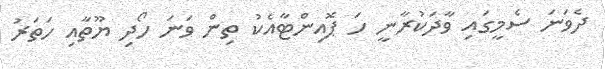
ދެވަނަ ސެމީގައި ވާދަކުރާނީ ހަ ޕޮއިންޓާއެކު ތިން ވަނަ ހޯދި ޔޫތާއި ހަތަރު